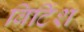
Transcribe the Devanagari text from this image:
बिटिंश